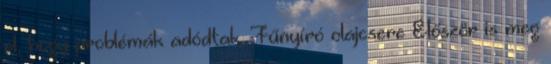
el, hogy problémák adódtak. Fűnyíró olajcsere Először is meg